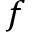
f